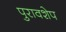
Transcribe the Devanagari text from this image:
पुरावशेप